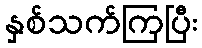
နှစ်သက်ကြပြီး